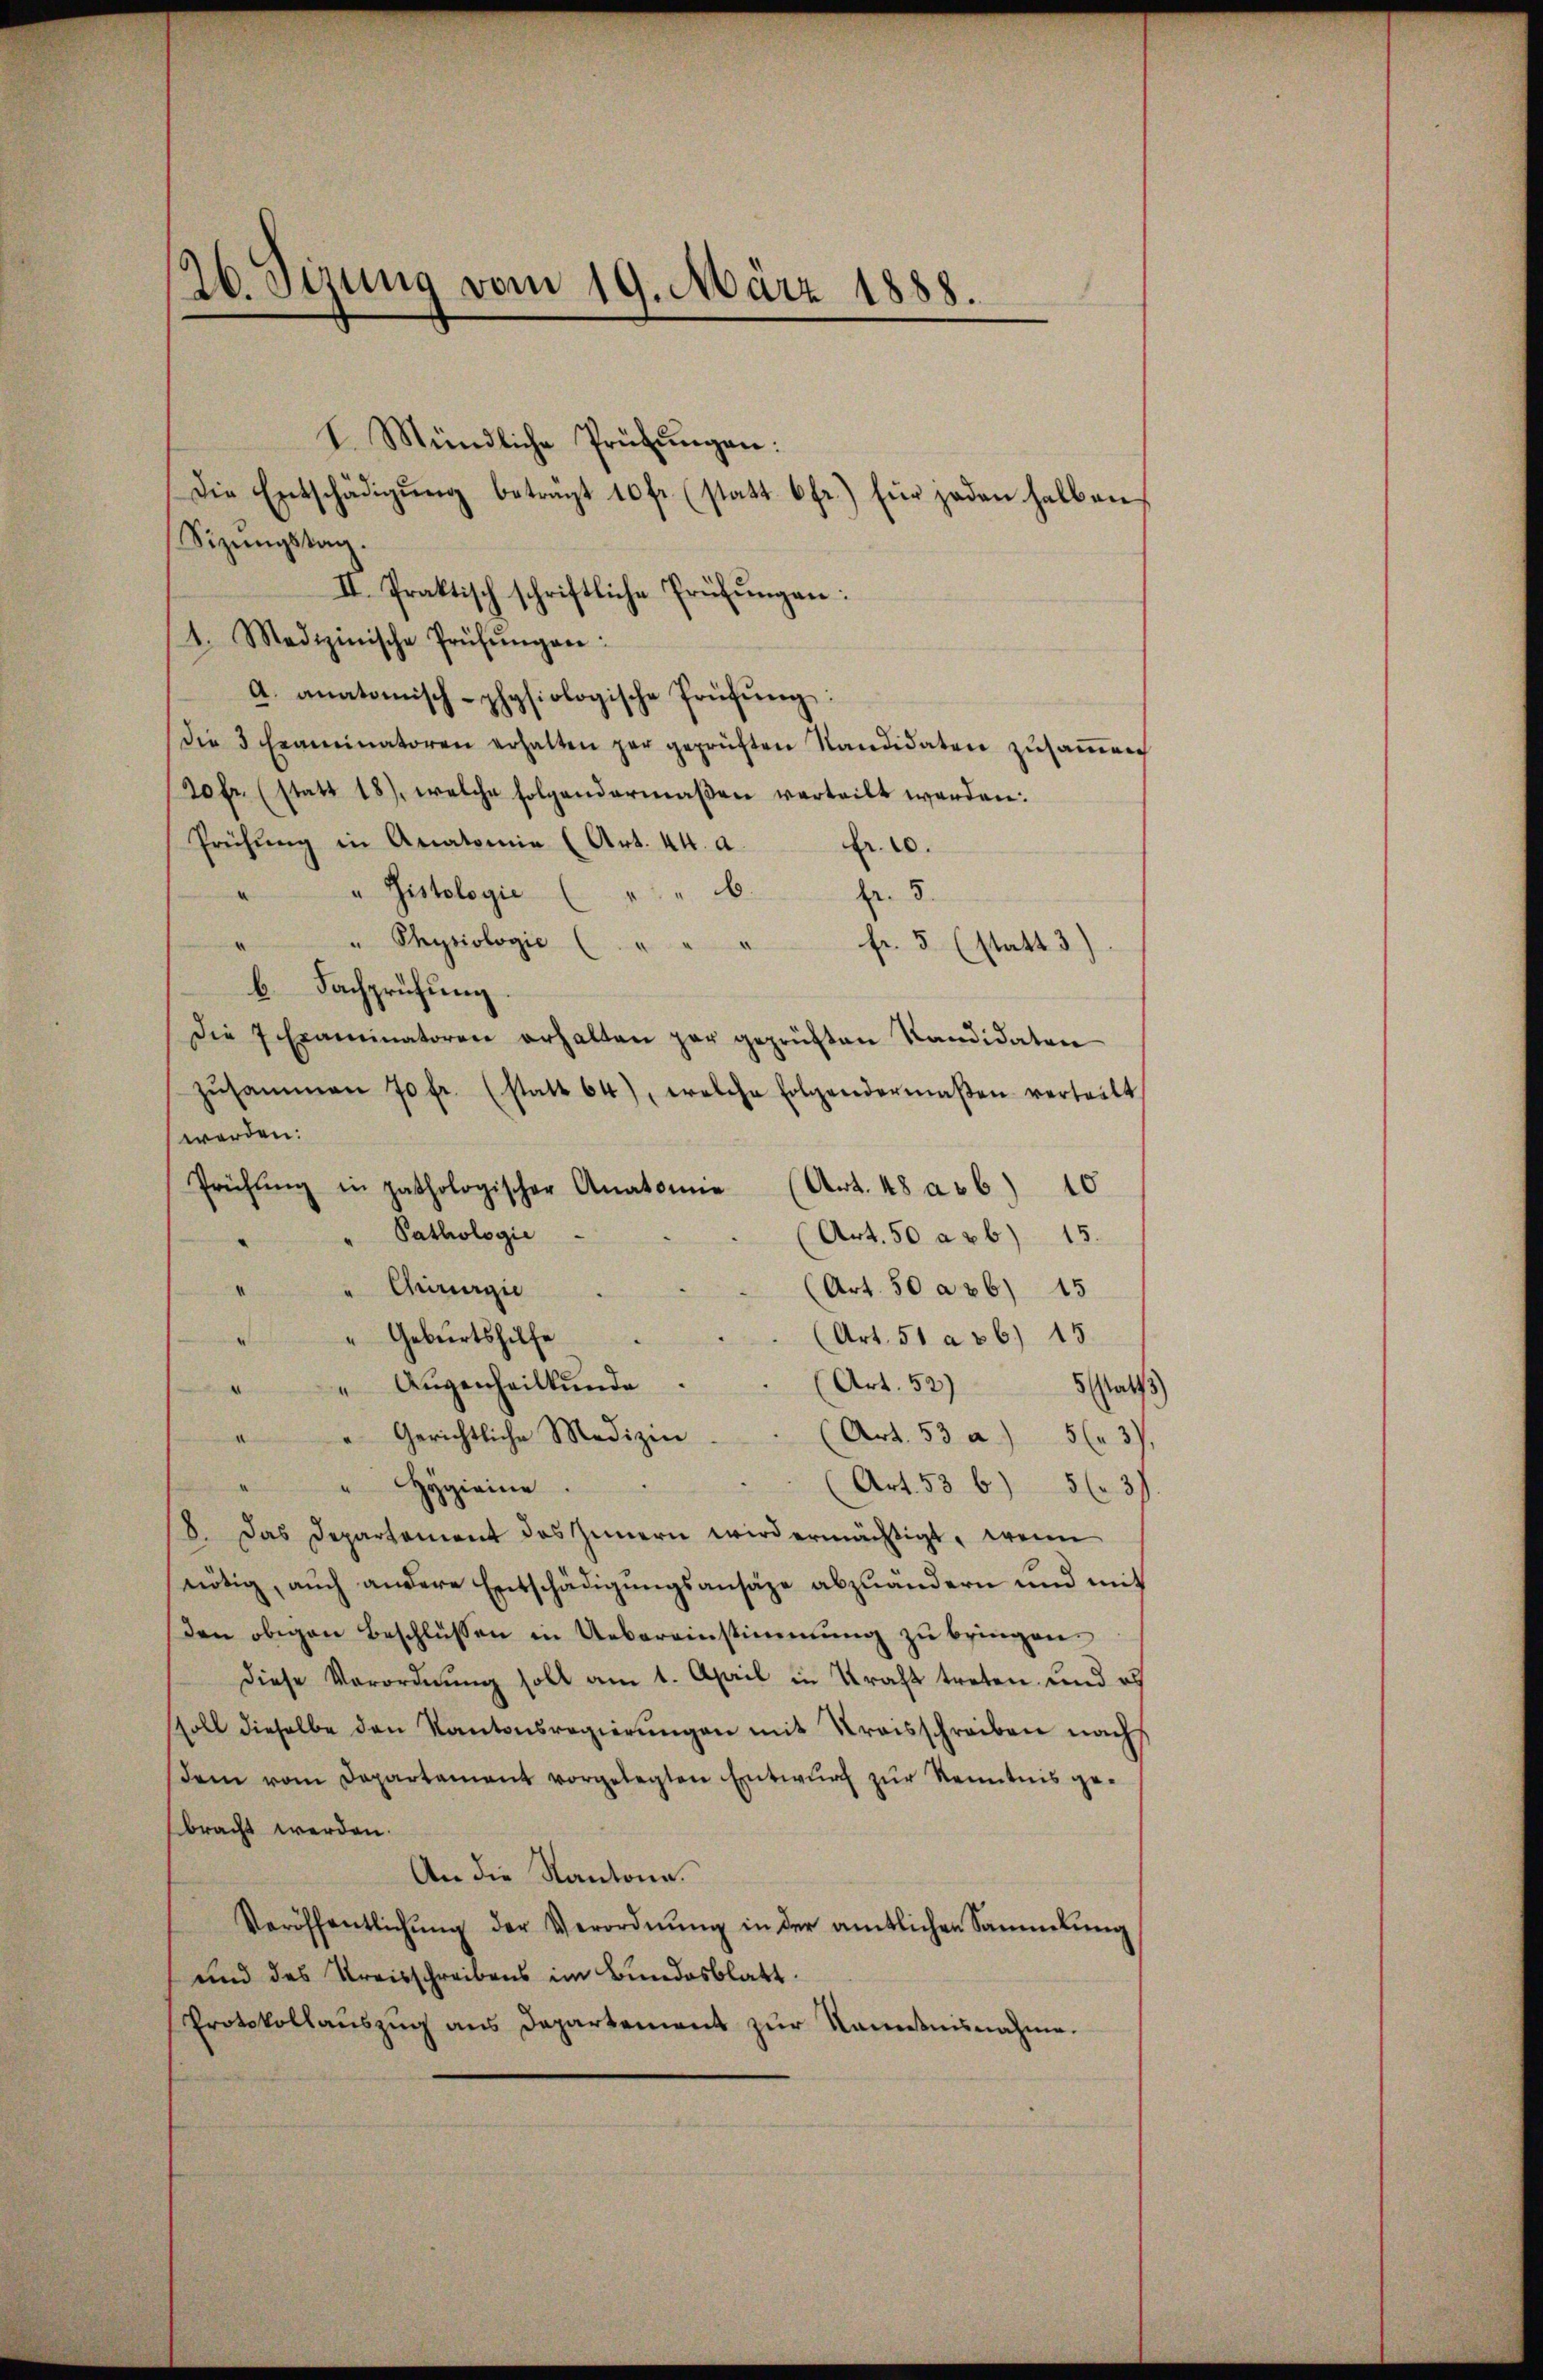
I. Mündliche Prüfungen:
Die Entschädigŭng beträgt 10 fr. (statt 6 fr.) für jeden halben
Sizungstag.
II. Praktisch schriftliche Prüfungen:
1. Medizinische Prüfŭngen:
A. anatomisch-physiologische Prüfŭng:
die 3 Examinatoren erhalten gar geprüften Kandidaten zŭsaṁen
20 fr. (statt 18), welche folgendermaßen verteilt werden:
Prühŭng in Anatomie (Art. 44. a. fr. 10.
" Histologie ( " "
e
fr. 3.
" Physiologie
fr. 5 (statt 3)
b. Fachprüfung.
Die 7 Examinatoren erhalten gar geprüften Kandidaten
zŭsammen 70 fr. (statt 64), welche folgendermaβen verteilt,
werden:
Prüfŭng in pathologischer Anatomie (Art. 48 a r 6) 10
Pathologie
(Art. 50 a 26) 15.
" Chirurgie
(Art. 50 a 26) 15
.
Geburtshilfe
(Art. 51 a 36) 15

(Art. 52)
"Aŭgenheilkunde.
5 statt
.
" " Gerichtliche Medizin
(Art. 53 a) 5 f. 3),
" Hygieine
(Art. 53 b) 5 f 31
8. Das Departement des Innern wird ermächtigt, wenn
nötig, auch andere Entschädigungsansätze abzuändern und mit
den obigen Beschlüssen in Uebereinstimmung zu bringen.
diese Verordnŭng soll am 1. April in Kraft treten und es
soll dieselbe den Kantonsregierŭngen mit Kreisschreiben nach
dem vom Departement vorgelegten Entwurf zur Kenntnis gebracht werden.
An die Kantone.
Veröffentlichŭng der Verordnŭng in der amtlichen Sammlung
und des Kreisschreibens im Bundesblatt.
Protokollauszug aus Departement zur Nantnisnahme.

26. Sizung vom 19. März 1888.

)